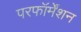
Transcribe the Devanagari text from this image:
परफॉर्मेंशन